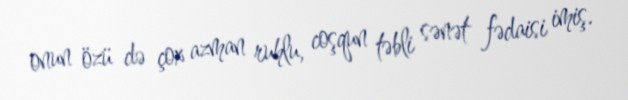
onun özü də çox azman ruhlu, coşqun təbli sənət fədaisi imiş.